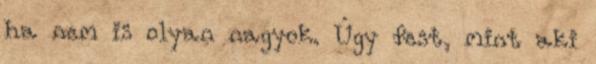
ha nem is olyan nagyok. Úgy fest, mint aki